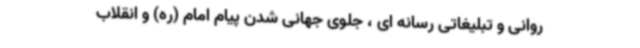
روانی و تبلیغاتی رسانه ای ، جلوی جهانی شدن پیام امام (ره) و انقلاب